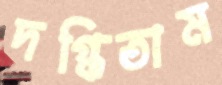
দগ্ধিতাম